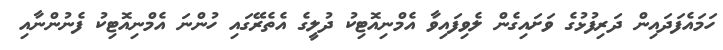
ހަމައެފަދައިން ދަރިފުޅުގެ ވަށައިގެން ލެވިފައިވާ އެމްނިއޮޓިކު ދުލީގެ އެތެރޭގައި ހުންނަ އެމްނިއޮޓިކު ފެނުންނާއި